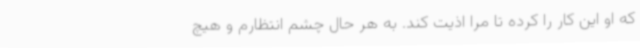
که او این کار را کرده تا مرا اذیت کند. به‌ هر حال چشم انتظارم و هیچ